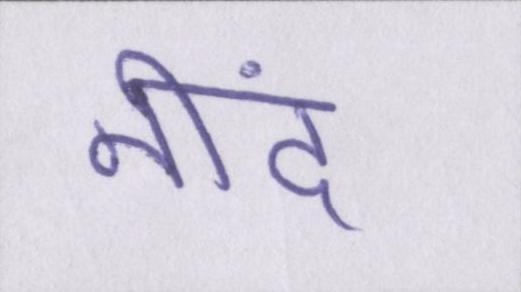
नींद